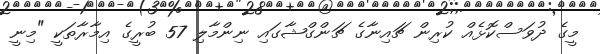
މީގެ ދުވަސްކޮޅެއް ކުރިން ޗައިނާގެ ޗަންގްޝާގައި ނިންމާލި 57 ބުރީގެ އިމާރާތަކީ "މިނީ